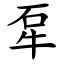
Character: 㸴